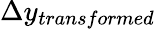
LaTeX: \Delta y_{transformed}